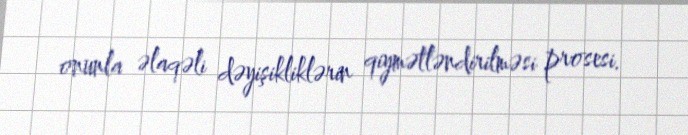
onunla əlaqəli dəyişikliklərin qiymətləndirilməsi prosesi.